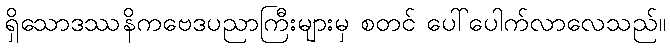
ရှိသောဒဿနိကဗေဒပညာကြီးများမှ စတင် ပေါ်ပေါက်လာလေသည်။